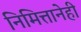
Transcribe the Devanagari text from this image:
निमित्तानेही